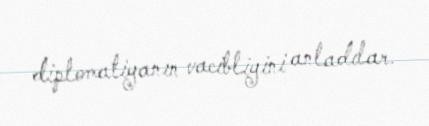
diplomatiyanın vacibliyini anladılar.